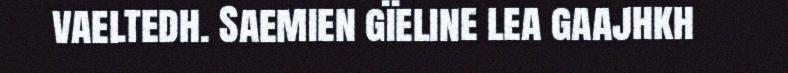
vaeltedh. Saemien gïeline lea gaajhkh